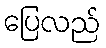
ပြေလည်